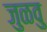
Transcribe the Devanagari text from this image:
जुळवु